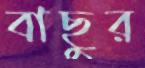
বাছুর